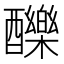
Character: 䤕